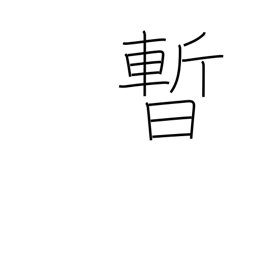
Meaning: moment